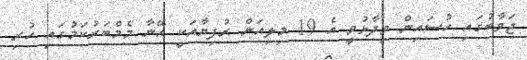
ޖަވާބުގައި ހުސައިން ވިދާޅުވީ އެ 19 މިލިއަން ރުފިޔާއަކީ އޭނާ މެމްބަރުކަމުގައި ހުރި